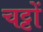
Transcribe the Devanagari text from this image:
चट्टों